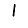
Digit: 1